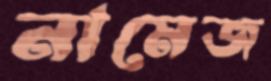
নামেজ